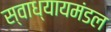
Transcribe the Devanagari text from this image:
स्वाध्यायमंडल